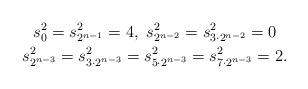
LaTeX: \begin{gather*}s_0^2=s_{2^{n-1}}^2=4,\ s_{2^{n-2}}^2=s_{3\cdot2^{n-2}}^2=0\\s_{2^{n-3}}^2=s_{3\cdot2^{n-3}}^2=s_{5\cdot2^{n-3}}^2=s_{7\cdot2^{n-3}}^2=2.\end{gather*}